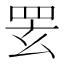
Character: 䍗